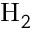
\mathrm { H } _ { 2 }